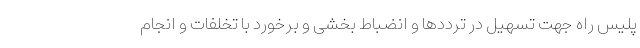
پلیس راه جهت تسهیل در ترددها و انضباط بخشی و برخورد با تخلفات و انجام